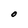
Character: O